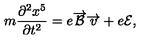
m \frac { \partial ^ { 2 } x ^ { 5 } } { \partial t ^ { 2 } } = e \overrightarrow { { \cal { B } } } \overrightarrow { v } + e { \cal { E } } ,